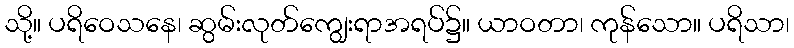
သို့။ ပရိဝေသနေ၊ ဆွမ်းလုတ်ကျွေးရာအရပ်၌။ ယာဝတာ၊ ကုန်သော။ ပရိသာ၊